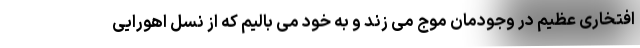
افتخاری عظیم در وجودمان موج می زند و به خود می بالیم که از نسل اهورایی